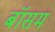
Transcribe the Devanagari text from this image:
बॉसम